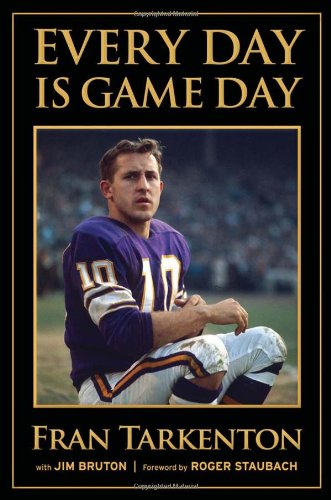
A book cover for Every Day is Game Day; Fran Tarkenton; Biographies & Memoirs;